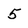
Character: 5